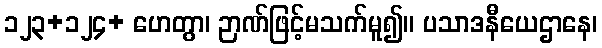
၁၂၃+၁၂၄+ ဟေတွာ၊ ဉာဏ်ဖြင့်မသက်မူ၍။ ပသာဒနီယေဌာနေ၊